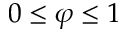
0 \leq \varphi \leq 1